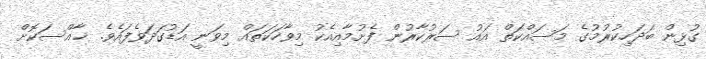
ގުޅިން ބަދަހިކުރުމުގެ މަސައްކަތް އައު ސަރުކާރުން ފެށުމާއިއެކު މިވާހަކަތައް މިވަނީ އަޑުގަދަވެފައެވެ. ޚާއްސަކޮށް